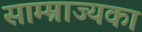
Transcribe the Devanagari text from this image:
साम्म्राज्यका